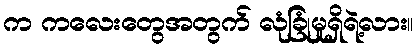
က ကလေးတွေအတွက် လုံခြုံမှုရှိရဲ့လား။